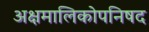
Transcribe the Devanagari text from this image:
अक्षमालिकोपनिषद